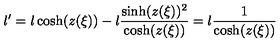
l ^ { \prime } = l \cosh ( z ( \xi ) ) - l \frac { \sinh ( z ( \xi ) ) ^ { 2 } } { \cosh ( z ( \xi ) ) } = l \frac { 1 } { \cosh ( z ( \xi ) ) }